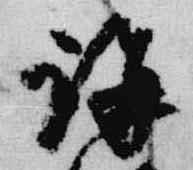
講